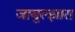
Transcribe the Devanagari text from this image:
जाबुल्झारा